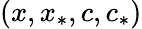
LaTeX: (x,x_{*},c,c_{*})